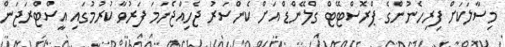
މިސާލަކަށް ފިރިހެނުންގެ ޕްރޮސްޓޭޓް ގްލޭންޑް އަށް ކެންސަރު ޖެހިއްޖެނަމަ ފަރުވާ ކުރުމުގައި އީސްޓްރަޖަން